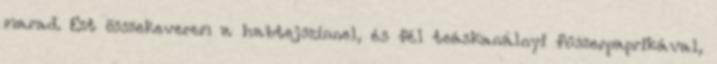
marad. Ezt összekeverem a habtejszínnel, és fél teáskanálnyi fűszerpaprikával,